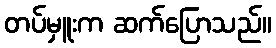
တပ်မှူးက ဆက်ပြောသည်။